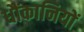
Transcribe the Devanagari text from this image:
धौंकानियों